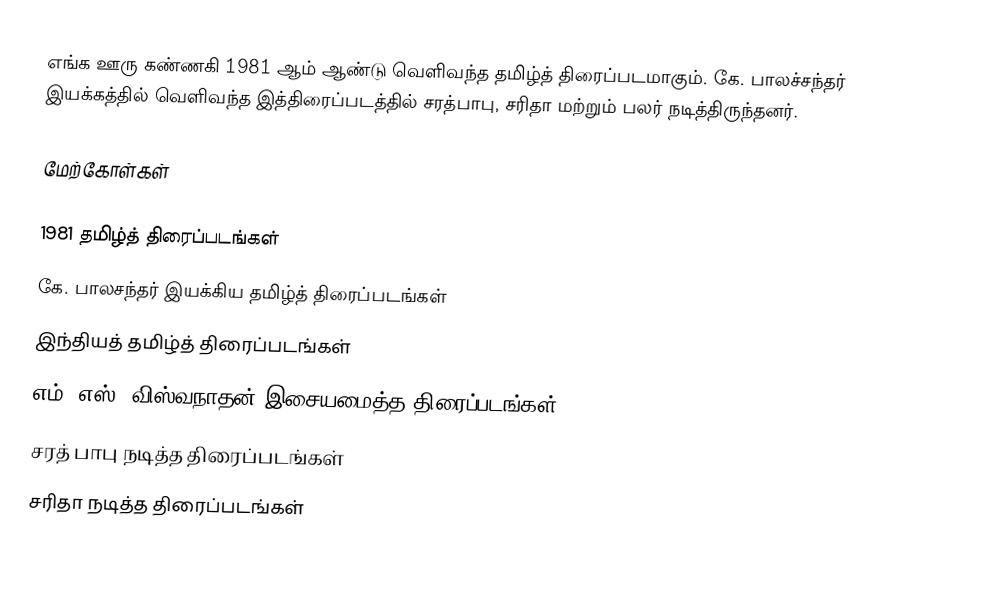
எங்க ஊரு கண்ணகி 1981 ஆம் ஆண்டு வெளிவந்த தமிழ்த் திரைப்படமாகும். கே. பாலச்சந்தர் இயக்கத்தில் வெளிவந்த இத்திரைப்படத்தில் சரத்பாபு, சரிதா மற்றும் பலர் நடித்திருந்தனர்.

மேற்கோள்கள்

1981 தமிழ்த் திரைப்படங்கள்
கே. பாலசந்தர் இயக்கிய தமிழ்த் திரைப்படங்கள்
இந்தியத் தமிழ்த் திரைப்படங்கள்
எம். எஸ். விஸ்வநாதன் இசையமைத்த திரைப்படங்கள்
சரத் பாபு நடித்த திரைப்படங்கள்
சரிதா நடித்த திரைப்படங்கள்